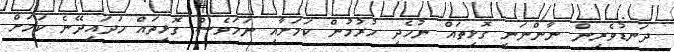
ދަނޑުވެރިން ނާންނަނީ ގޮޅިތައް ނުހެދި ހުރުމުން ކަމަށާއި ނަމަވެސް ގޮޅިތައް ހަދައިދޭނެ ކަމަށް